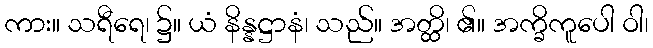
ကား။ သရီရေ၊ ၌။ ယံ နိန္နဋ္ဌာနံ၊ သည်။ အတ္ထိ၊ ၏။ အက္ခိကူပေါ ဝါ၊